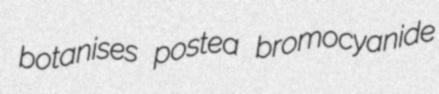
botanises postea bromocyanide